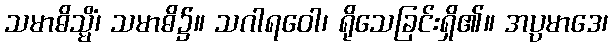
သမာဓိသ္မိံ၊ သမာဓိ၌။ သဂါရဝေါ၊ ရိုသေခြင်းရှိ၏။ အပ္ပမာဒေ၊